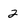
Character: 2